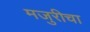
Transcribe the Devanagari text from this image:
मजुरीचा